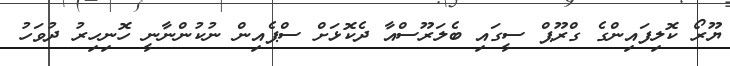
ޔޫރޯ ކޮލިފައިންގެ ގްރޫޕް ސީގައި ބެލަރޫސްއާ ދެކޮޅަށް ސްޕެއިން ނުކުންނާނީ ހޮނިހިރު ދުވަހު